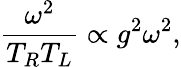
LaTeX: {\frac{\omega^{2}}{T_{R}T_{L}}}\propto g^{2}\omega^{2},